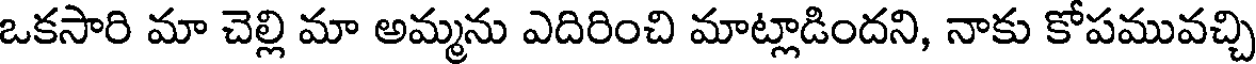
ఒకసారి మా చెల్లి మా అమ్మను ఎదిరించి మాట్లాడిందని, నాకు కోపమువచ్చి